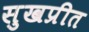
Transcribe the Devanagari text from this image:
सुखप्रीत